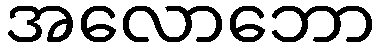
အလောဘော